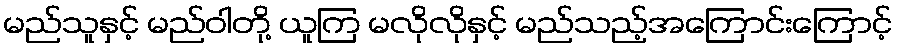
မည်သူနှင့် မည်ဝါတို့ ယူကြ မလိုလိုနှင့် မည်သည့်အကြောင်းကြောင့်